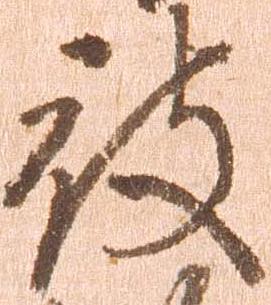
被